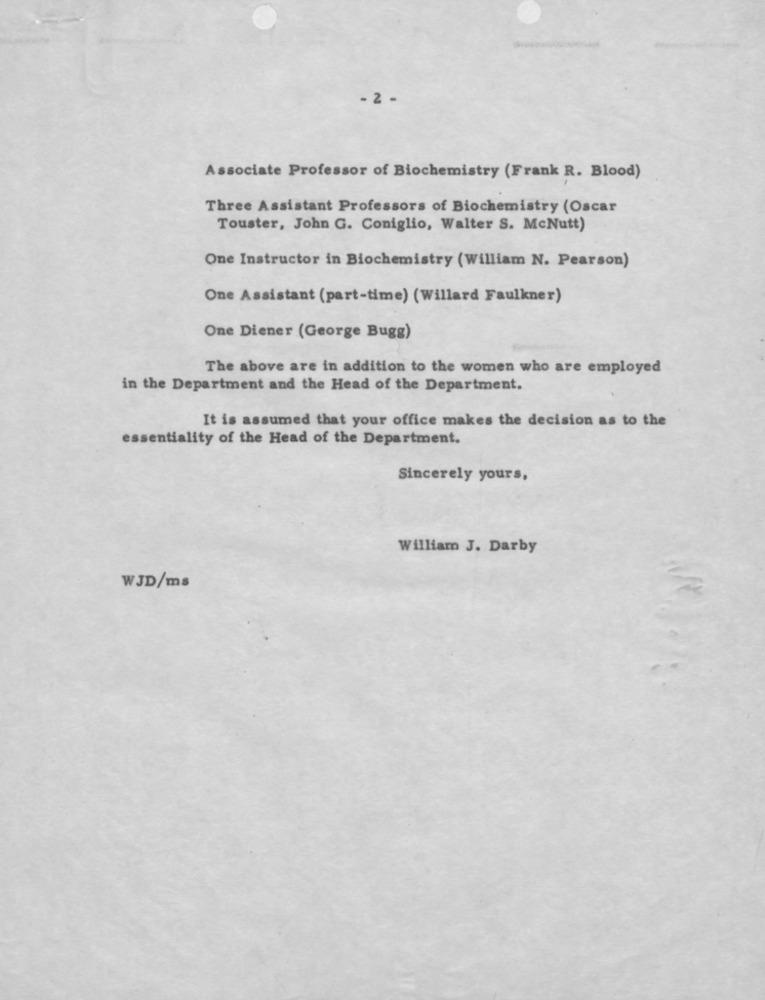
- 2 -
Associate Professor of Biochemistry (Frank R. Blood)
Three Assistant Professors of Biochemistry (Oscar
Touster, John G. Coniglio, Walter S. McNutt)
One Instructor in Biochemistry (William N. Pearson)
One Assistant (part-time) (Willard Faulkner)
One Diener (George Bugg)
The above are in addition to the women who are employed
in the Department and the Head of the Department.
It is assumed that your office makes the decision as to the
essentiality of the Head of the Department.
Sincerely yours,
William J. Darby
WJD/ms